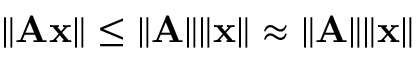
\lVert \mathbf { A } \mathbf { x } \rVert \leq \lVert \mathbf { A } \rVert \lVert \mathbf { x } \rVert \approx \lVert \mathbf { A } \rVert \lVert \mathbf { x } \rVert